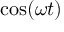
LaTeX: \cos ( \omega t )